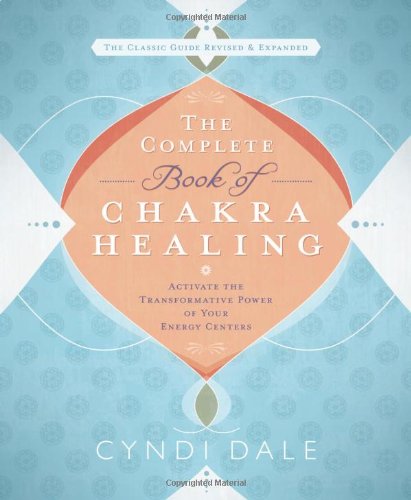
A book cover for The Complete Book of Chakra Healing: Activate the Transformative Power of Your Energy Centers; Cyndi Dale; Health, Fitness & Dieting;